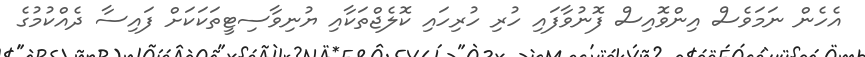
އެހެން ނަމަވެސް އިންވޮއިސް ފޮނުވާފައި ހުރި ހުރިހައި ކޮލެޖްތަކާއި ޔުނިވާސިޓީތަކަކަށް ފައިސާ ދެއްކުމުގެ